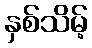
နှစ်သိမ့်